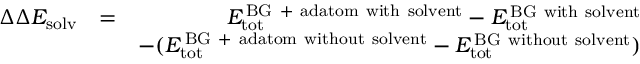
\begin{array} { r l r } { \Delta \Delta E _ { \mathrm { s o l v } } } & { = } & { E _ { \mathrm { t o t } } ^ { \mathrm { \, B G \ + \ a d a t o m \ w i t h \ s o l v e n t } } - E _ { \mathrm { t o t } } ^ { \mathrm { \, B G \ w i t h \ s o l v e n t } } } \\ & { } & { - ( E _ { \mathrm { t o t } } ^ { \mathrm { \, B G \ + \ a d a t o m \ w i t h o u t \ s o l v e n t } } - E _ { \mathrm { t o t } } ^ { \mathrm { \, B G \ w i t h o u t \ s o l v e n t } } ) } \end{array}